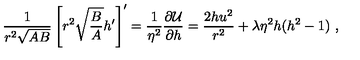
\frac 1 { r ^ { 2 } \sqrt { A B } } \left[ r ^ { 2 } \sqrt { \frac B A } h ^ { \prime } \right] ^ { \prime } = \frac 1 { \eta ^ { 2 } } \frac { \partial { \cal U } } { \partial h } = \frac { 2 h u ^ { 2 } } { r ^ { 2 } } + \lambda \eta ^ { 2 } h ( h ^ { 2 } - 1 ) \ ,